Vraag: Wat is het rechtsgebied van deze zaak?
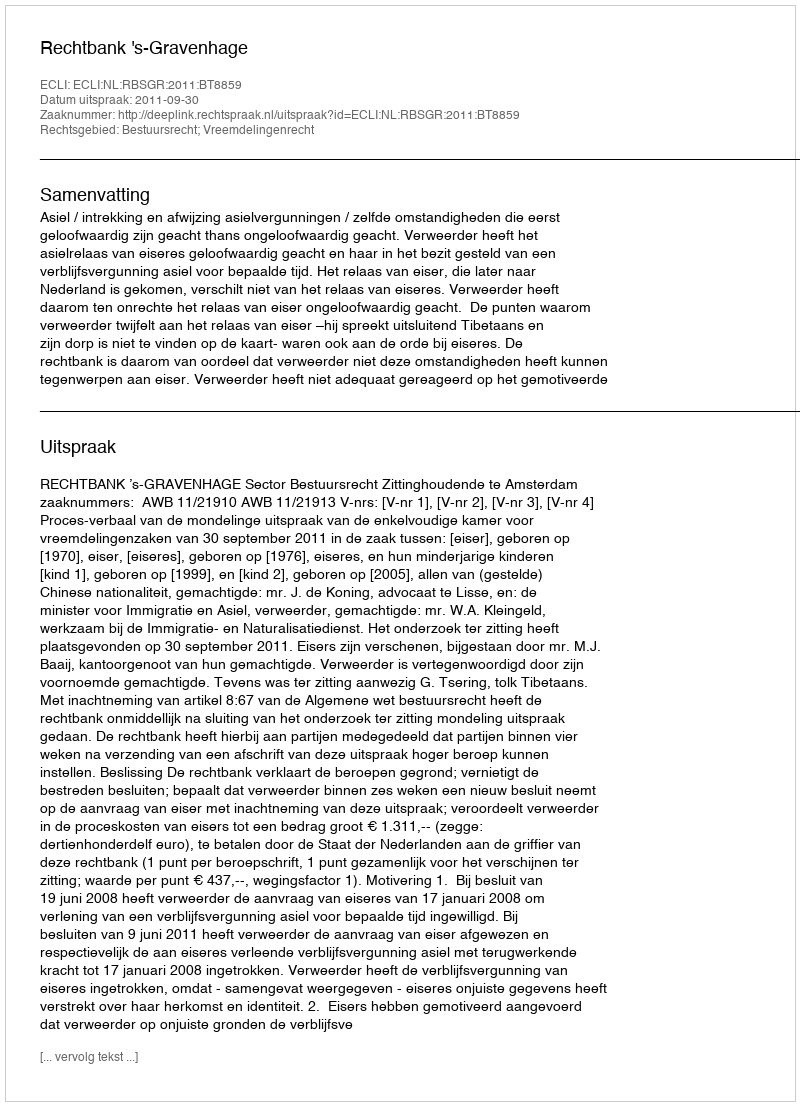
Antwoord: Bestuursrecht; Vreemdelingenrecht